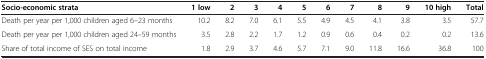
<table><thead><tr><td><b>Socio-economic strata</b></td><td><b>1 low</b></td><td><b>2</b></td><td><b>3</b></td><td><b>4</b></td><td><b>5</b></td><td><b>6</b></td><td><b>7</b></td><td><b>8</b></td><td><b>9</b></td><td><b>10 high</b></td><td><b>Total</b></td></tr></thead><tbody><tr><td>Death per year per 1,000 children aged 6–23 months</td><td>10.2</td><td>8.2</td><td>7.0</td><td>6.1</td><td>5.5</td><td>4.9</td><td>4.5</td><td>4.1</td><td>3.8</td><td>3.5</td><td>57.7</td></tr><tr><td>Death per year per 1,000 children aged 24–59 months</td><td>3.5</td><td>2.8</td><td>2.2</td><td>1.7</td><td>1.2</td><td>0.9</td><td>0.6</td><td>0.4</td><td>0.2</td><td>0.2</td><td>13.6</td></tr><tr><td>Share of total income of SES on total income</td><td>1.8</td><td>2.9</td><td>3.7</td><td>4.6</td><td>5.7</td><td>7.1</td><td>9.0</td><td>11.8</td><td>16.6</td><td>36.8</td><td>100</td></tr></tbody></table>